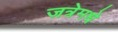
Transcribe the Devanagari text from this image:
जत्रेमधे